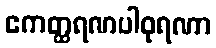
ဧကတ္ထရဏပါဝုရဏာ